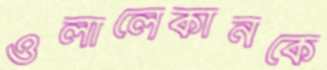
ওলালেকানকে